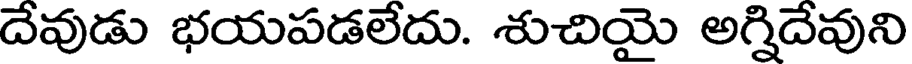
దేవుడు భయపడలేదు. శుచియై అగ్నిదేవుని